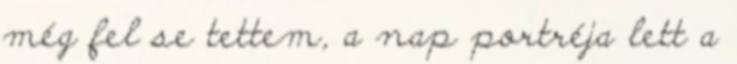
még fel se tettem, a nap portréja lett a